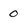
Character: 0